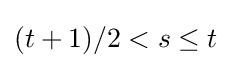
(t+1)/2<s\leq t